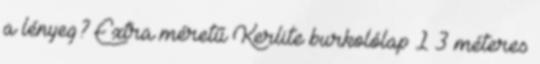
a lényeg? Extra méretű Kerlite burkolólap 1 3 méteres